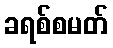
ခရစ်စမတ်